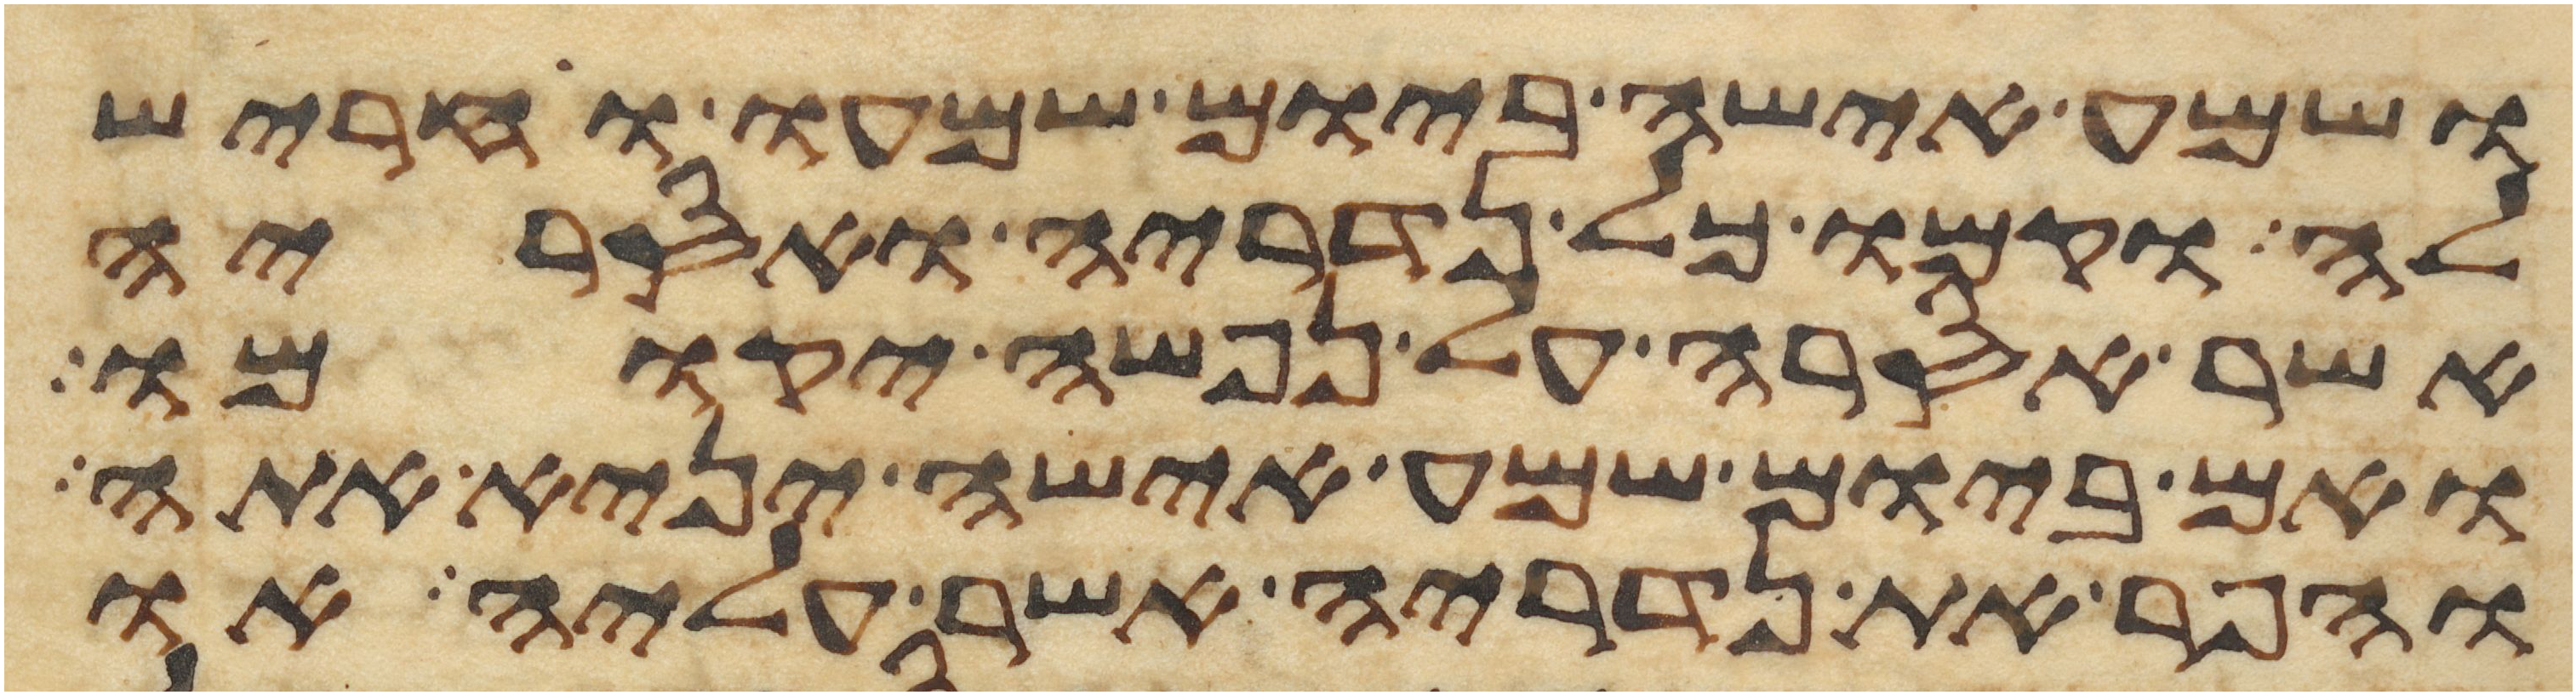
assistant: ושמע אישה ביום שמעו וחריש
לה וקמו כל נדריה ואסריה
אשר אסרה על נפשה יקומו
ואם ביום שמע אישה יניא אתה
והפר את נדריה אשר עליה או